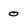
Character: 0